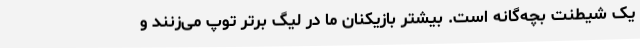
یک شیطنت بچه‌گانه است. بیشتر بازیکنان ما در لیگ برتر توپ می‌زنند و